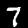
Digit: 7